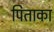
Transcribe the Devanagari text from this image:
पिताका